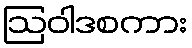
ဩဝါဒစကား